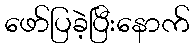
ဖော်ပြခဲ့ပြီးနောက်